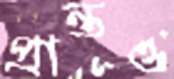
প্রান্তও